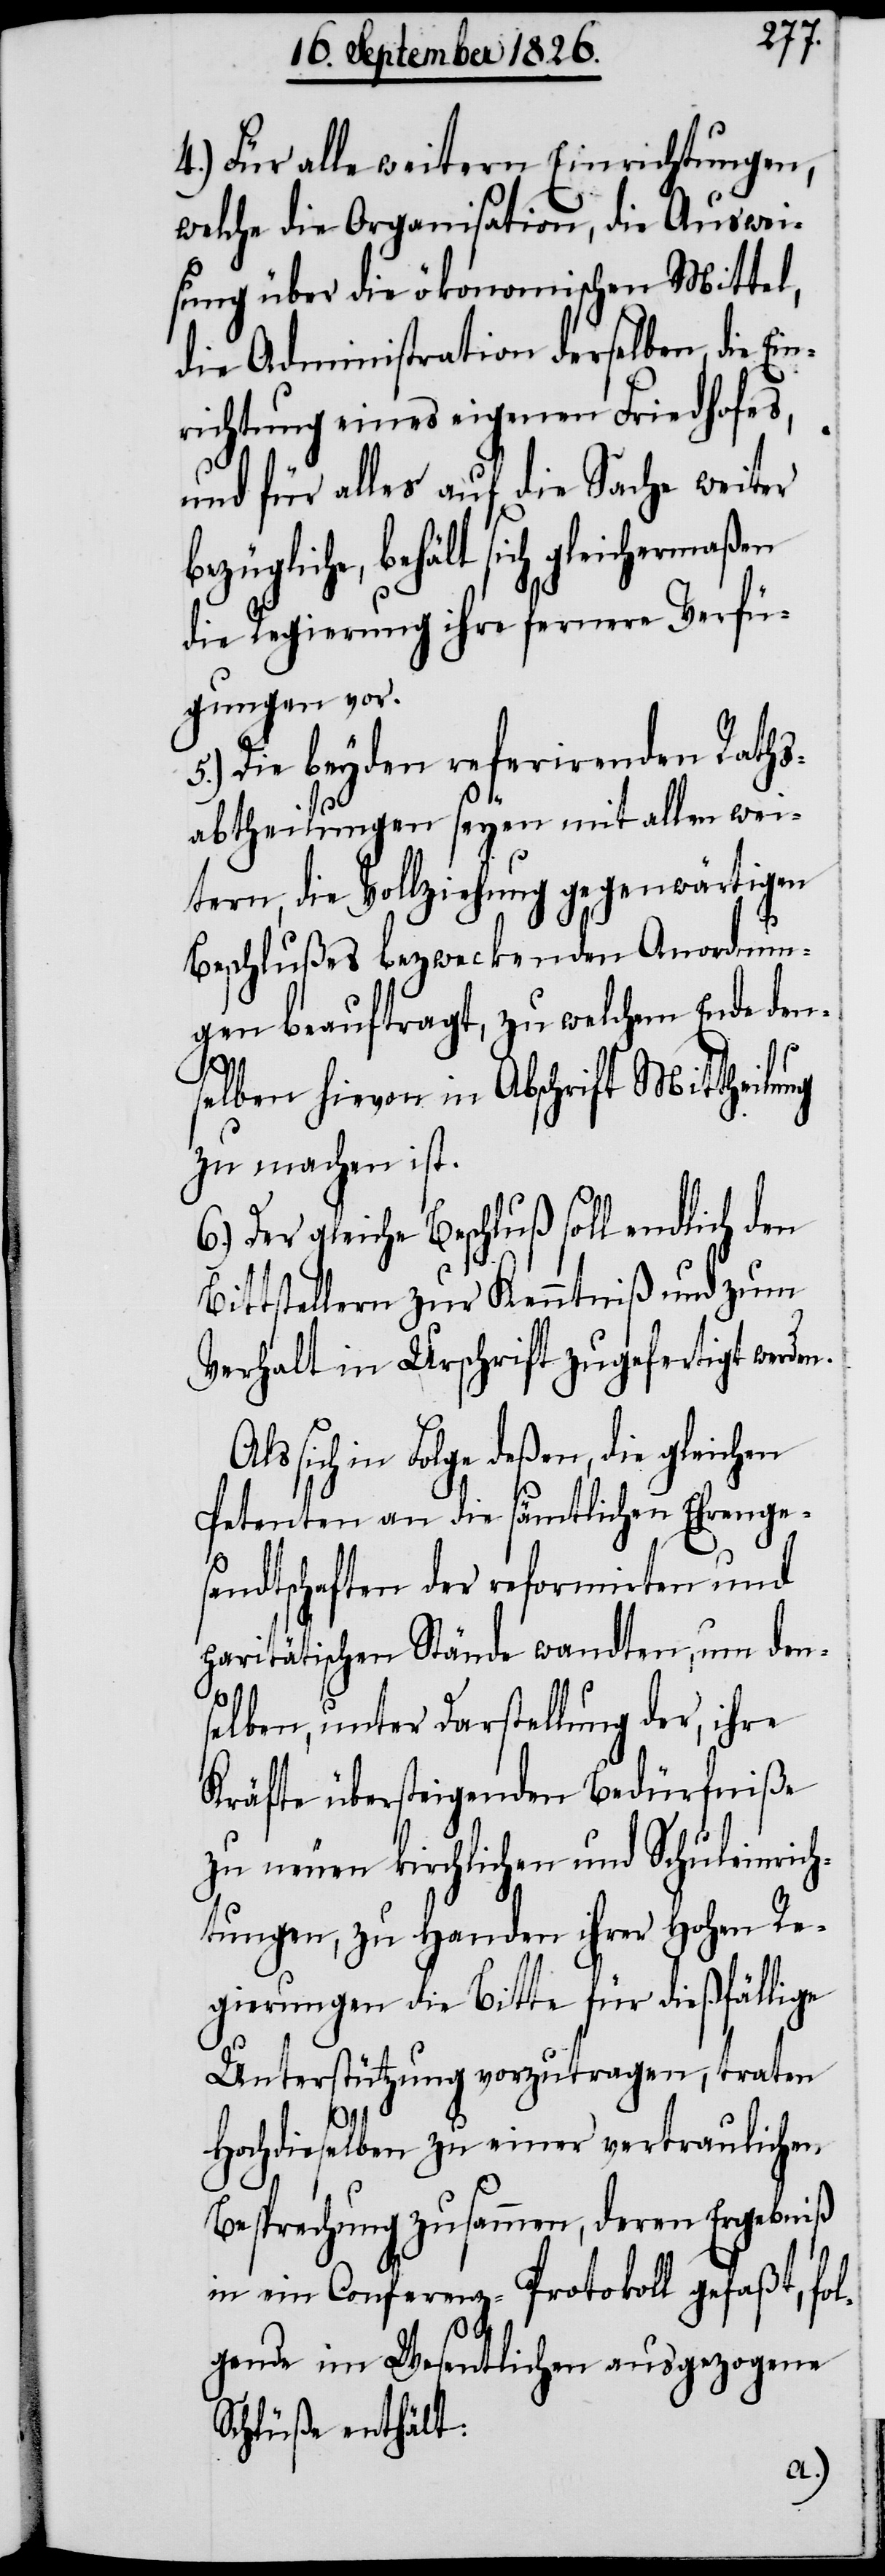
4.) Für alle weitern Einrichtungen,
welche die Organisation, die Auswei¬
sung über die ökonomischen Mittel,
die Administration derselben, die Ein¬
richtung eines eigenen Friedhofes,
und für alles auf die Sache weiter
behält sich gleichermaßen
die Regierung ihre fernere Verfü¬
gungen vor.
5.) Die beyden referirenden Raths¬
abtheilungen seyen mit allen wei¬
tern, die Vollziehung gegenwärtigen
Beschlußes bezweckenden Anordnun¬
gen beauftragt, zu welchem Ende den¬
selben hievon in Abschrift Mittheilung
zu machen ist.
6.) Der gleiche Beschluß soll endlich den
Bittstellern zur Kenntniß und zum
Verhalt in Urschrift zugefertigt werden.
Als sich in Folge deßen, die gleichen
Petenten an die sämtlichen Ehrenge¬
sandtschaften der reformirten und
paritätischen Stände wandten, um den¬
selben, unter Darstellung der, ihre
Kräfte übersteigenden Bedürfniße
zu neuen kirchlichen und Schuleinrich¬
tungen, zu Handen ihrer hohen Re¬
gierung die Bitte für dießfällige
Unterstützung vorzutragen, traten
Hochdieselben zu einer vertraulichen
Besprechung zusammen, deren Ergebniß
in ein Conferenz-Protokoll gefaßt, fol¬
gende im Wesentlichen ausgezogene
Schlüße enthält: